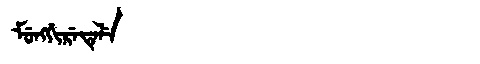
Manchu: ᠮᡠᠩᡤᡳᡵᡝᡨᡝᠯᡝ
Romanization: MUNGGIRETELE